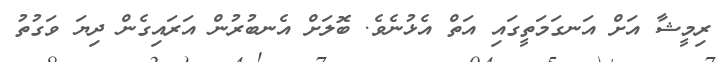
ރިމީޝާ އަށް އަނގަމަތީގައި އަތް އެޅުނެވެ. ބޮލަށް އެނބުރުން އަރައިގެން ދިޔަ ވަގުތު